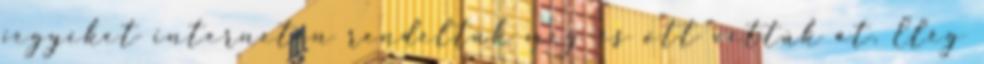
jegyeket interneten rendeltük meg és ott vettük át. Elég